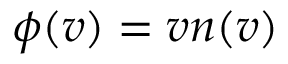
\phi ( v ) = v n ( v )